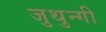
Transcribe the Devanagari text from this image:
जुथुन्गी